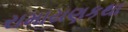
રામાયણકથા